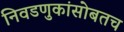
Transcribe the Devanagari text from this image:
निवडणुकांसोबतच